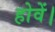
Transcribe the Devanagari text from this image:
होवें।